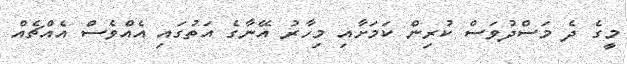
މީގެ ދެ މަސްދުވަސް ކުރިން ކަމަށާއި މިހާރު އޭނާގެ އަތުގައި އެއްވެސް އެއްޗެއް